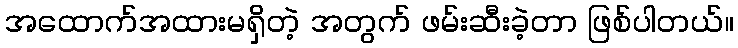
အထောက်အထားမရှိတဲ့ အတွက် ဖမ်းဆီးခဲ့တာ ဖြစ်ပါတယ်။